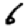
Digit: 6